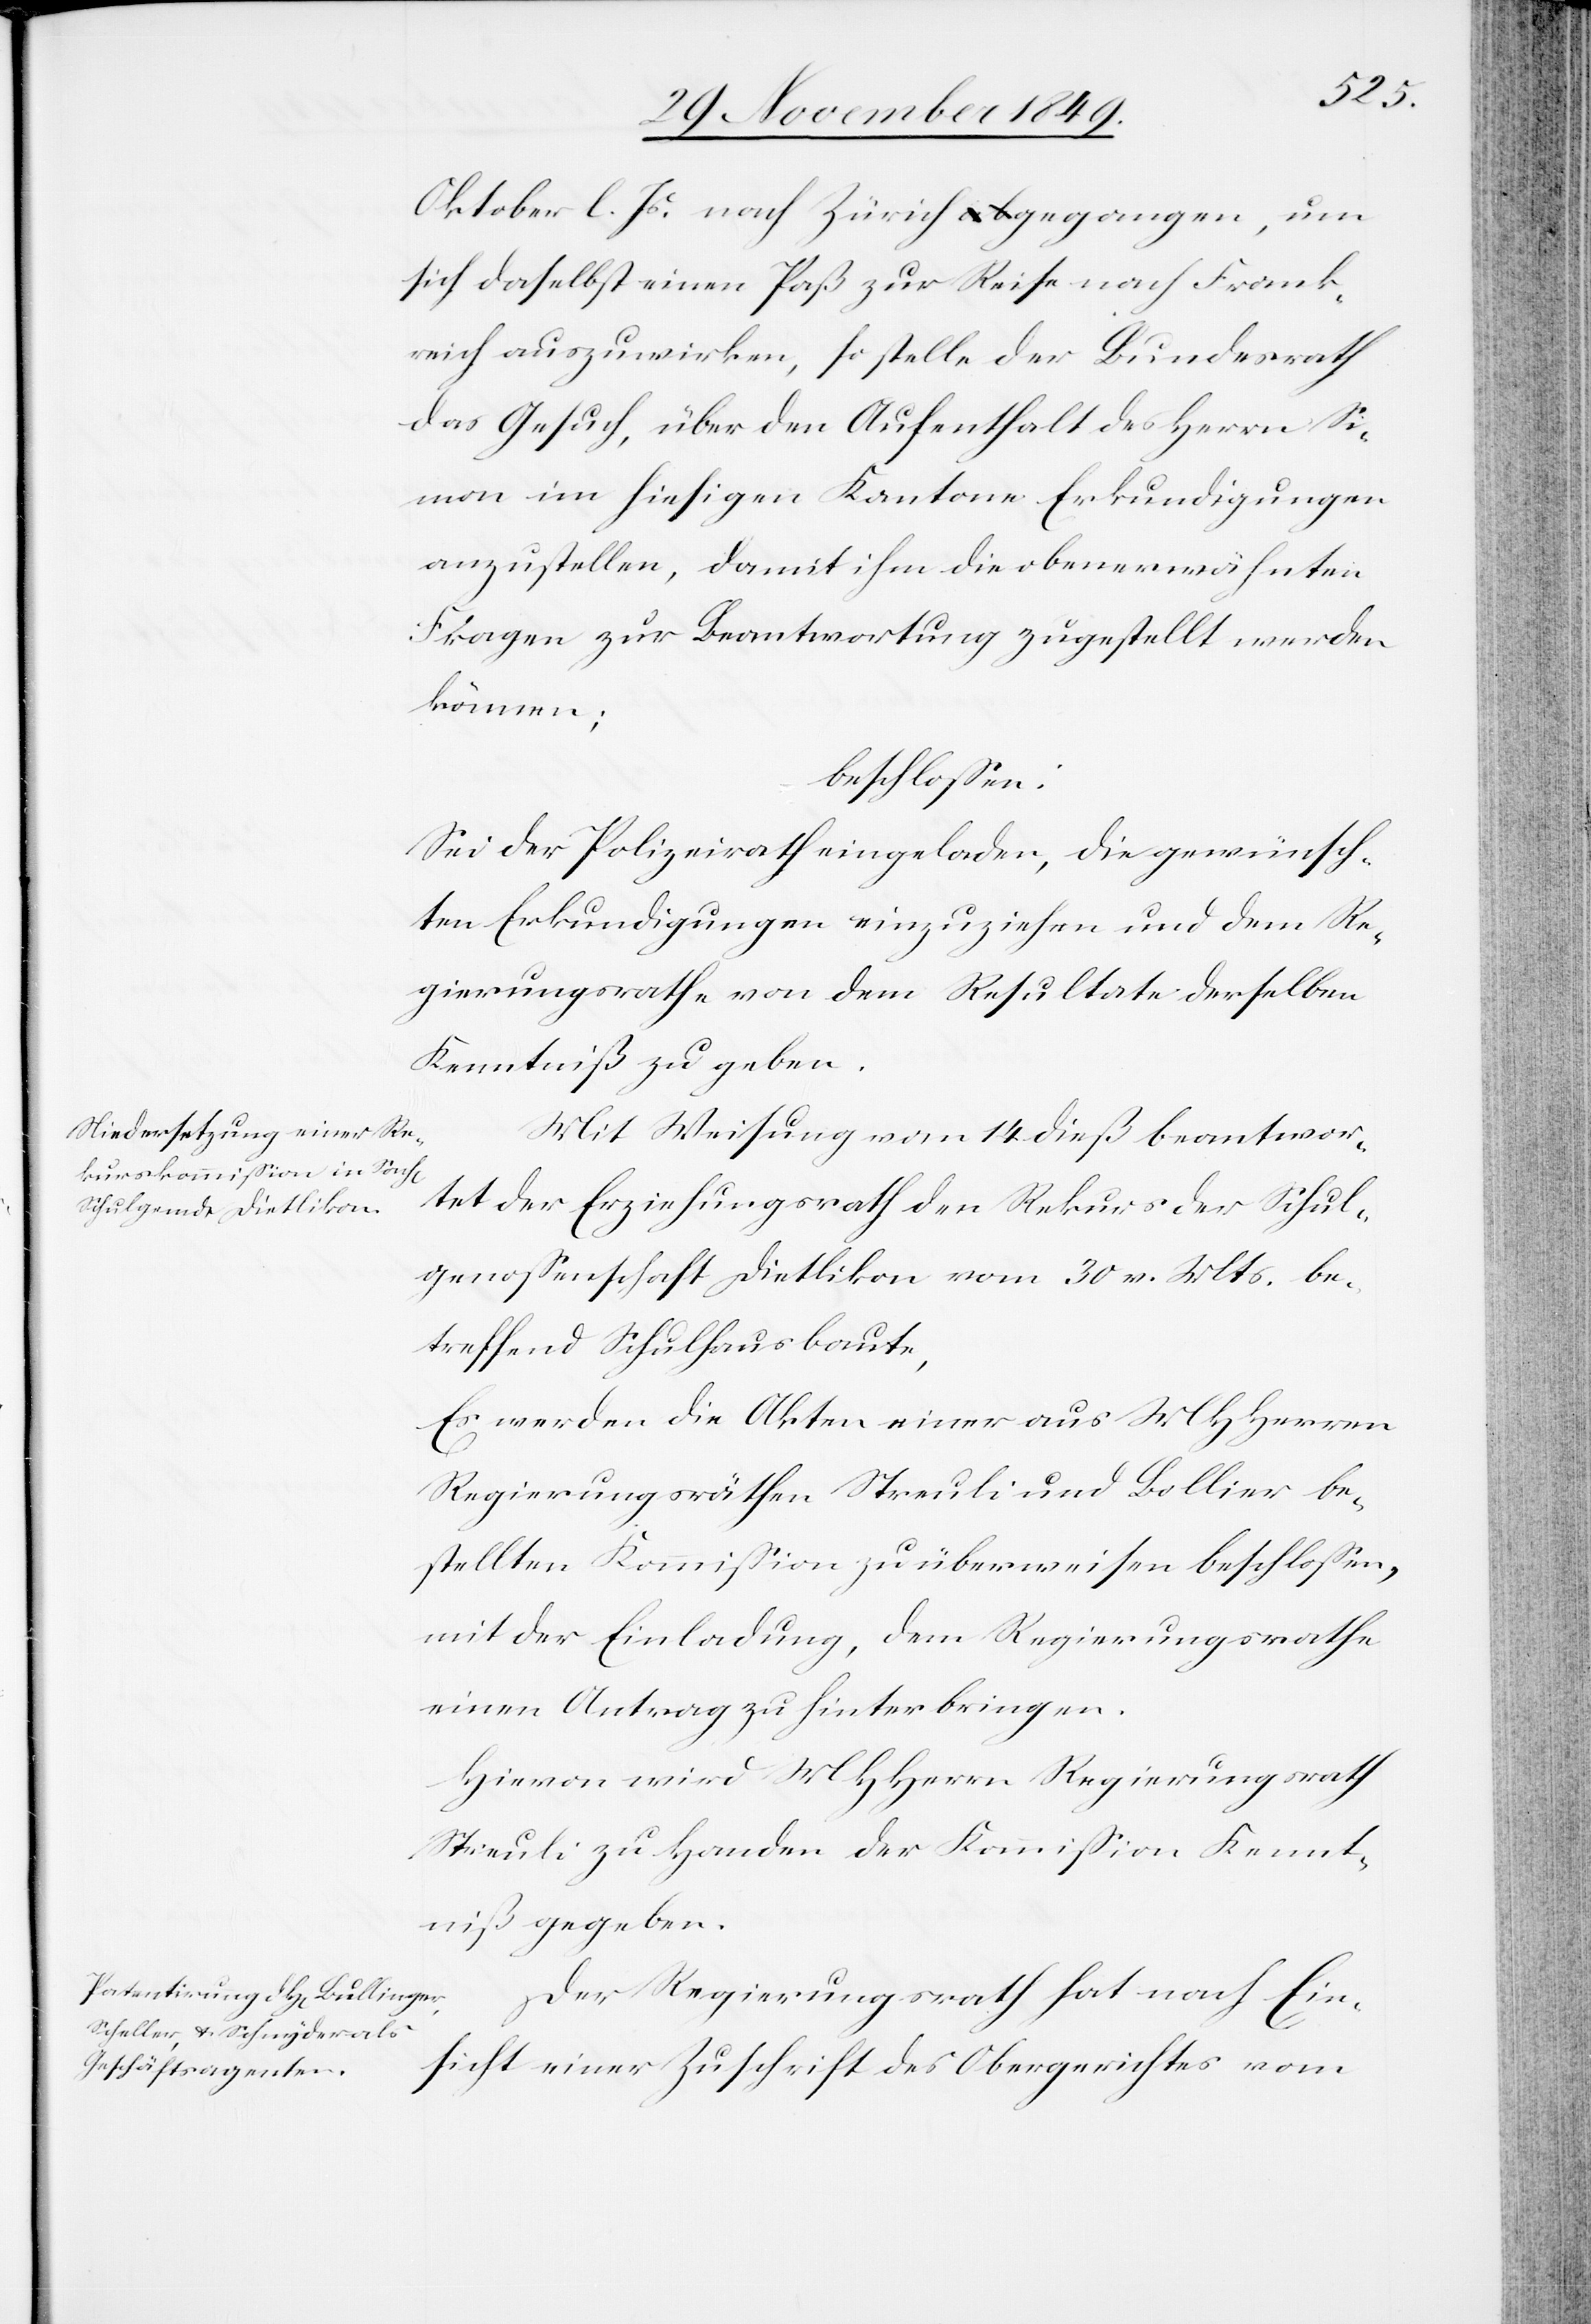
Oktober l. Js. nach Zürich gegangen, um
sich daselbst einen Paß zur Reise nach Frank¬
reich auszuwirken, so stelle der Bundesrath
das Gesuch, über den Aufenthalt des Herrn Si¬
mon im hiesigen Kantone Erkundigungen
anzustellen, damit ihm die oberwähnten
klagen zur Beantwortung zugestellt werden
können;
beschloßen:
Sei der Polizeirath eingeladen, die gewünsch¬
ten Erkundigungen einzuziehen und dem Re¬
gierungsrathe von dem Resultate derselben
Kenntniß zu geben.
Mit Weisung vom 14 dieß beantwor¬
tet der Erziehungsrath den Rekurs der Schul¬
genoßenschaft Dietlikon vom 30 v. Mts. be¬
treffend Schulhausbaute,
Es werden die Akten einer aus MHHerren
Regierungsräthen Streuli und Bollier be¬
stellten Kommißion zu überweisen beschloßen,
mit der Einladung, dem Regierungsrathe
einen Antrag zu hinterbringen.
Hievon wird MHHerrn Regierungsrath
Streuli zu Handen der Kommißion Kennt¬
niß gegeben.
Der Regierungsrath hat nach Ein¬
sicht einer Zuschrift des Obergerichtes vom